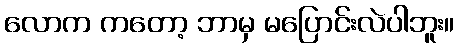
လောက ကတော့ ဘာမှ မပြောင်းလဲပါဘူး။